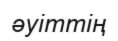
әуіттің